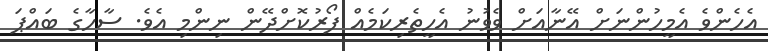
އެހެންވެ އެމީހުންނަށް އޭނާއަށް ވެވުނު އެހީތެރިކަމެއް ފޯރުކޮށްދޭން ނިންމި އެވެ. ސާހާގެ ބައްޕަ